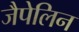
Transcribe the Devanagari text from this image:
जैपेलिन